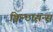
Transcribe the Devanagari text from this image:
क्विन्टासन्स